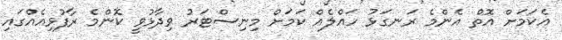
އެކަމަށް އޮތް އެންމެ ރަނގަޅު ހައްލެއް ކަމަށް މިނިސްޓަރު ވިދާޅުވީ ކޮންމެ ރާފުޅިއެއްގައި